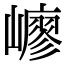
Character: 𡽟